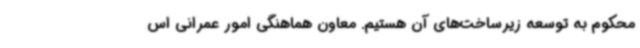
محکوم به توسعه زیرساخت‌های آن هستیم. معاون هماهنگی امور عمرانی اس